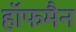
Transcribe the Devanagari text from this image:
हाॅफमैन